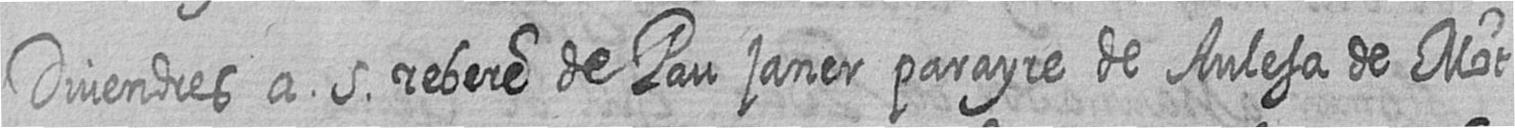
Divendres a 5 rebere de Pau janer parayre de Aulesa de Mot=